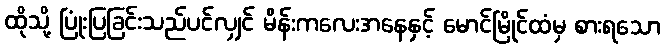
ထိုသို့ ပြုံးပြခြင်းသည်ပင်လျှင် မိန်းကလေးအနေနှင့် မောင်မြိုင်ထံမှ စားရသော